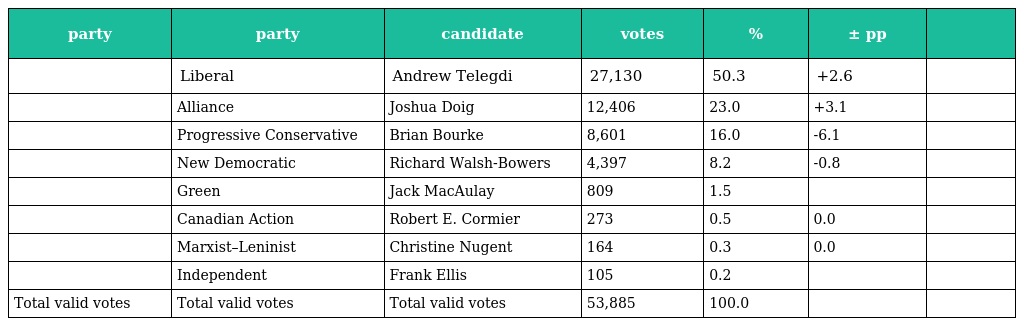
| party | party | candidate | votes | % | ± pp |  |
 | --- | --- | --- | --- | --- | --- | --- |
 |  | Liberal | Andrew Telegdi | 27,130 | 50.3 | +2.6 |  |
 |  | Alliance | Joshua Doig | 12,406 | 23.0 | +3.1 |  |
 |  | Progressive Conservative | Brian Bourke | 8,601 | 16.0 | -6.1 |  |
 |  | New Democratic | Richard Walsh-Bowers | 4,397 | 8.2 | -0.8 |  |
 |  | Green | Jack MacAulay | 809 | 1.5 |  |  |
 |  | Canadian Action | Robert E. Cormier | 273 | 0.5 | 0.0 |  |
 |  | Marxist–Leninist | Christine Nugent | 164 | 0.3 | 0.0 |  |
 |  | Independent | Frank Ellis | 105 | 0.2 |  |  |
 | Total valid votes | Total valid votes | Total valid votes | 53,885 | 100.0 |  |  |